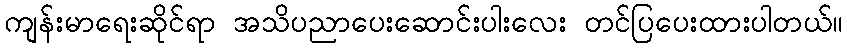
ကျန်းမာရေးဆိုင်ရာ အသိပညာပေးဆောင်းပါးလေး တင်ပြပေးထားပါတယ်။